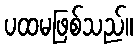
ပထမဖြစ်သည်။